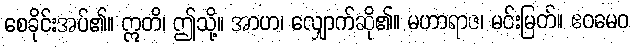
စေခိုင်းအပ်၏။ ဣတိ၊ ဤသို့။ အာဟ၊ လျှောက်ဆို၏။ မဟာရာဇ၊ မင်းမြတ်။ ဧဝမေဝ